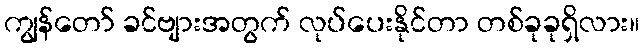
ကျွန်တော် ခင်ဗျားအတွက် လုပ်ပေးနိုင်တာ တစ်ခုခုရှိလား။